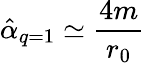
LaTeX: \hat{\alpha}_{q=1}\simeq\frac{4m}{r_{0}}